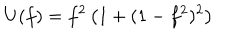
LaTeX: U ( f ) = f ^ { 2 } \left( 1 + ( 1 - f ^ { 2 } ) ^ { 2 } \right)